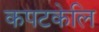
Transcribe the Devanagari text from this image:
कपटकेलि